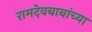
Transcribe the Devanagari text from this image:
रामदेवबाबांच्या